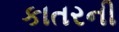
કાતરની